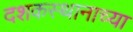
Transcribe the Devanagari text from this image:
दशकस्थानाच्या